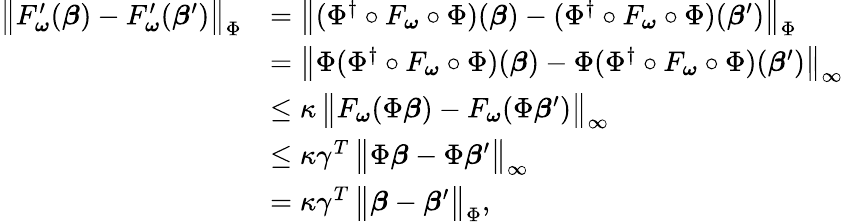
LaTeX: \begin{array}{rl}{\bigl\| F_{\boldsymbol{\omega}}^{\prime}(\boldsymbol{\beta})-F_{\boldsymbol{\omega}}^{\prime}(\boldsymbol{\beta}^{\prime})\bigr\| _{\Phi}}&{=\bigl\| (\Phi^{\dagger}\circ F_{\boldsymbol{\omega}}\circ\Phi)(\boldsymbol{\beta})-(\Phi^{\dagger}\circ F_{\boldsymbol{\omega}}\circ\Phi)(\boldsymbol{\beta}^{\prime})\bigr\| _{\Phi}}\\ &{=\bigl\| \Phi(\Phi^{\dagger}\circ F_{\boldsymbol{\omega}}\circ\Phi)(\boldsymbol{\beta})-\Phi(\Phi^{\dagger}\circ F_{\boldsymbol{\omega}}\circ\Phi)(\boldsymbol{\beta}^{\prime})\bigr\| _{\infty}}\\ &{\le\kappa\, \bigl\| F_{\boldsymbol{\omega}}(\Phi\boldsymbol{\beta})-F_{\boldsymbol{\omega}}(\Phi\boldsymbol{\beta}^{\prime})\bigr\| _{\infty}}\\ &{\leq\kappa\gamma^{T}\, \bigl\| \Phi\boldsymbol{\beta}-\Phi\boldsymbol{\beta}^{\prime}\bigr\| _{\infty}}\\ &{=\kappa\gamma^{T}\, \bigl\| \boldsymbol{\beta}-\boldsymbol{\beta}^{\prime}\bigr\| _{\Phi},}\end{array}